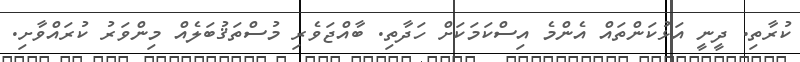
ކުރާތި. ދީނީ އަޅުކަންތައް އެންމެ އިސްކަމަކަށް ހަދާތި. ބާއްޖަވެރި މުސްތަޤުބަލެއް މިންވަރު ކުރައްވާށި.